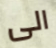
الى